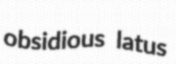
obsidious latus